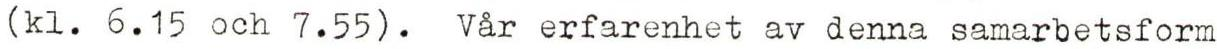
(kl. 6.15 och 7.55). Vår erfarenhet av denna samarbetsform